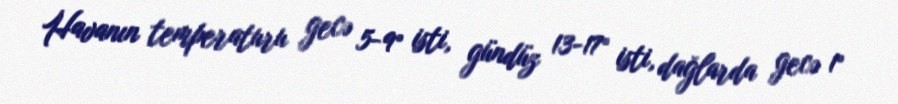
Havanın temperaturu gecə 5-9° isti, gündüz 13-17° isti, dağlarda gecə 1°